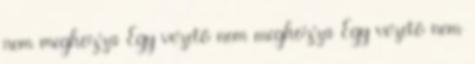
nem meghozza Egy vezető nem meghozza Egy vezető nem